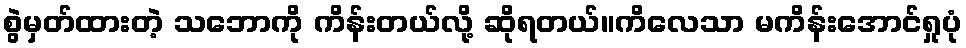
စွဲမှတ်ထားတဲ့ သဘောကို ကိန်းတယ်လို့ ဆိုရတယ်။ကိလေသာ မကိန်းအောင်ရှုပုံ